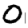
Digit: 0